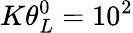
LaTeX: K\theta_{L}^{0}={{10}^{2}}